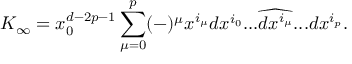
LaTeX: K _ { \infty } = x _ { 0 } ^ { d - 2 p - 1 } \sum _ { \mu = 0 } ^ { p } ( - ) ^ { \mu } x ^ { i _ { \mu } } d x ^ { i _ { 0 } } . . . \widehat { d x ^ { i _ { \mu } } } . . . d x ^ { i _ { p } } .